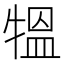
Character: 𤛁